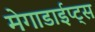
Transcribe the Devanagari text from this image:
मेगाडाईप्ट्स